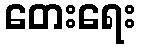
တေးရေး